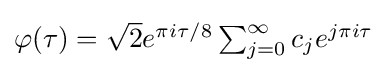
{\textstyle \varphi (\tau )={\sqrt {2}}e^{\pi i\tau /8}\sum _{j=0}^{\infty }c_{j}e^{j\pi i\tau }}